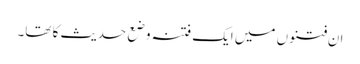
ان فتنوں میں ایک فتنہ وضع حدیث کا تھا۔